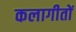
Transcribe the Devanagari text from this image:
कलागीतों